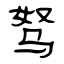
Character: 驽